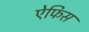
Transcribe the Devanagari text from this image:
ऐफिस